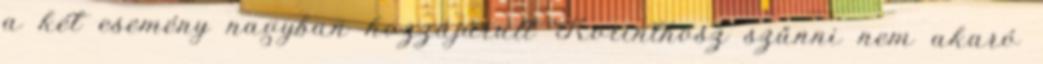
a két esemény nagyban hozzájárult Korinthosz szűnni nem akaró